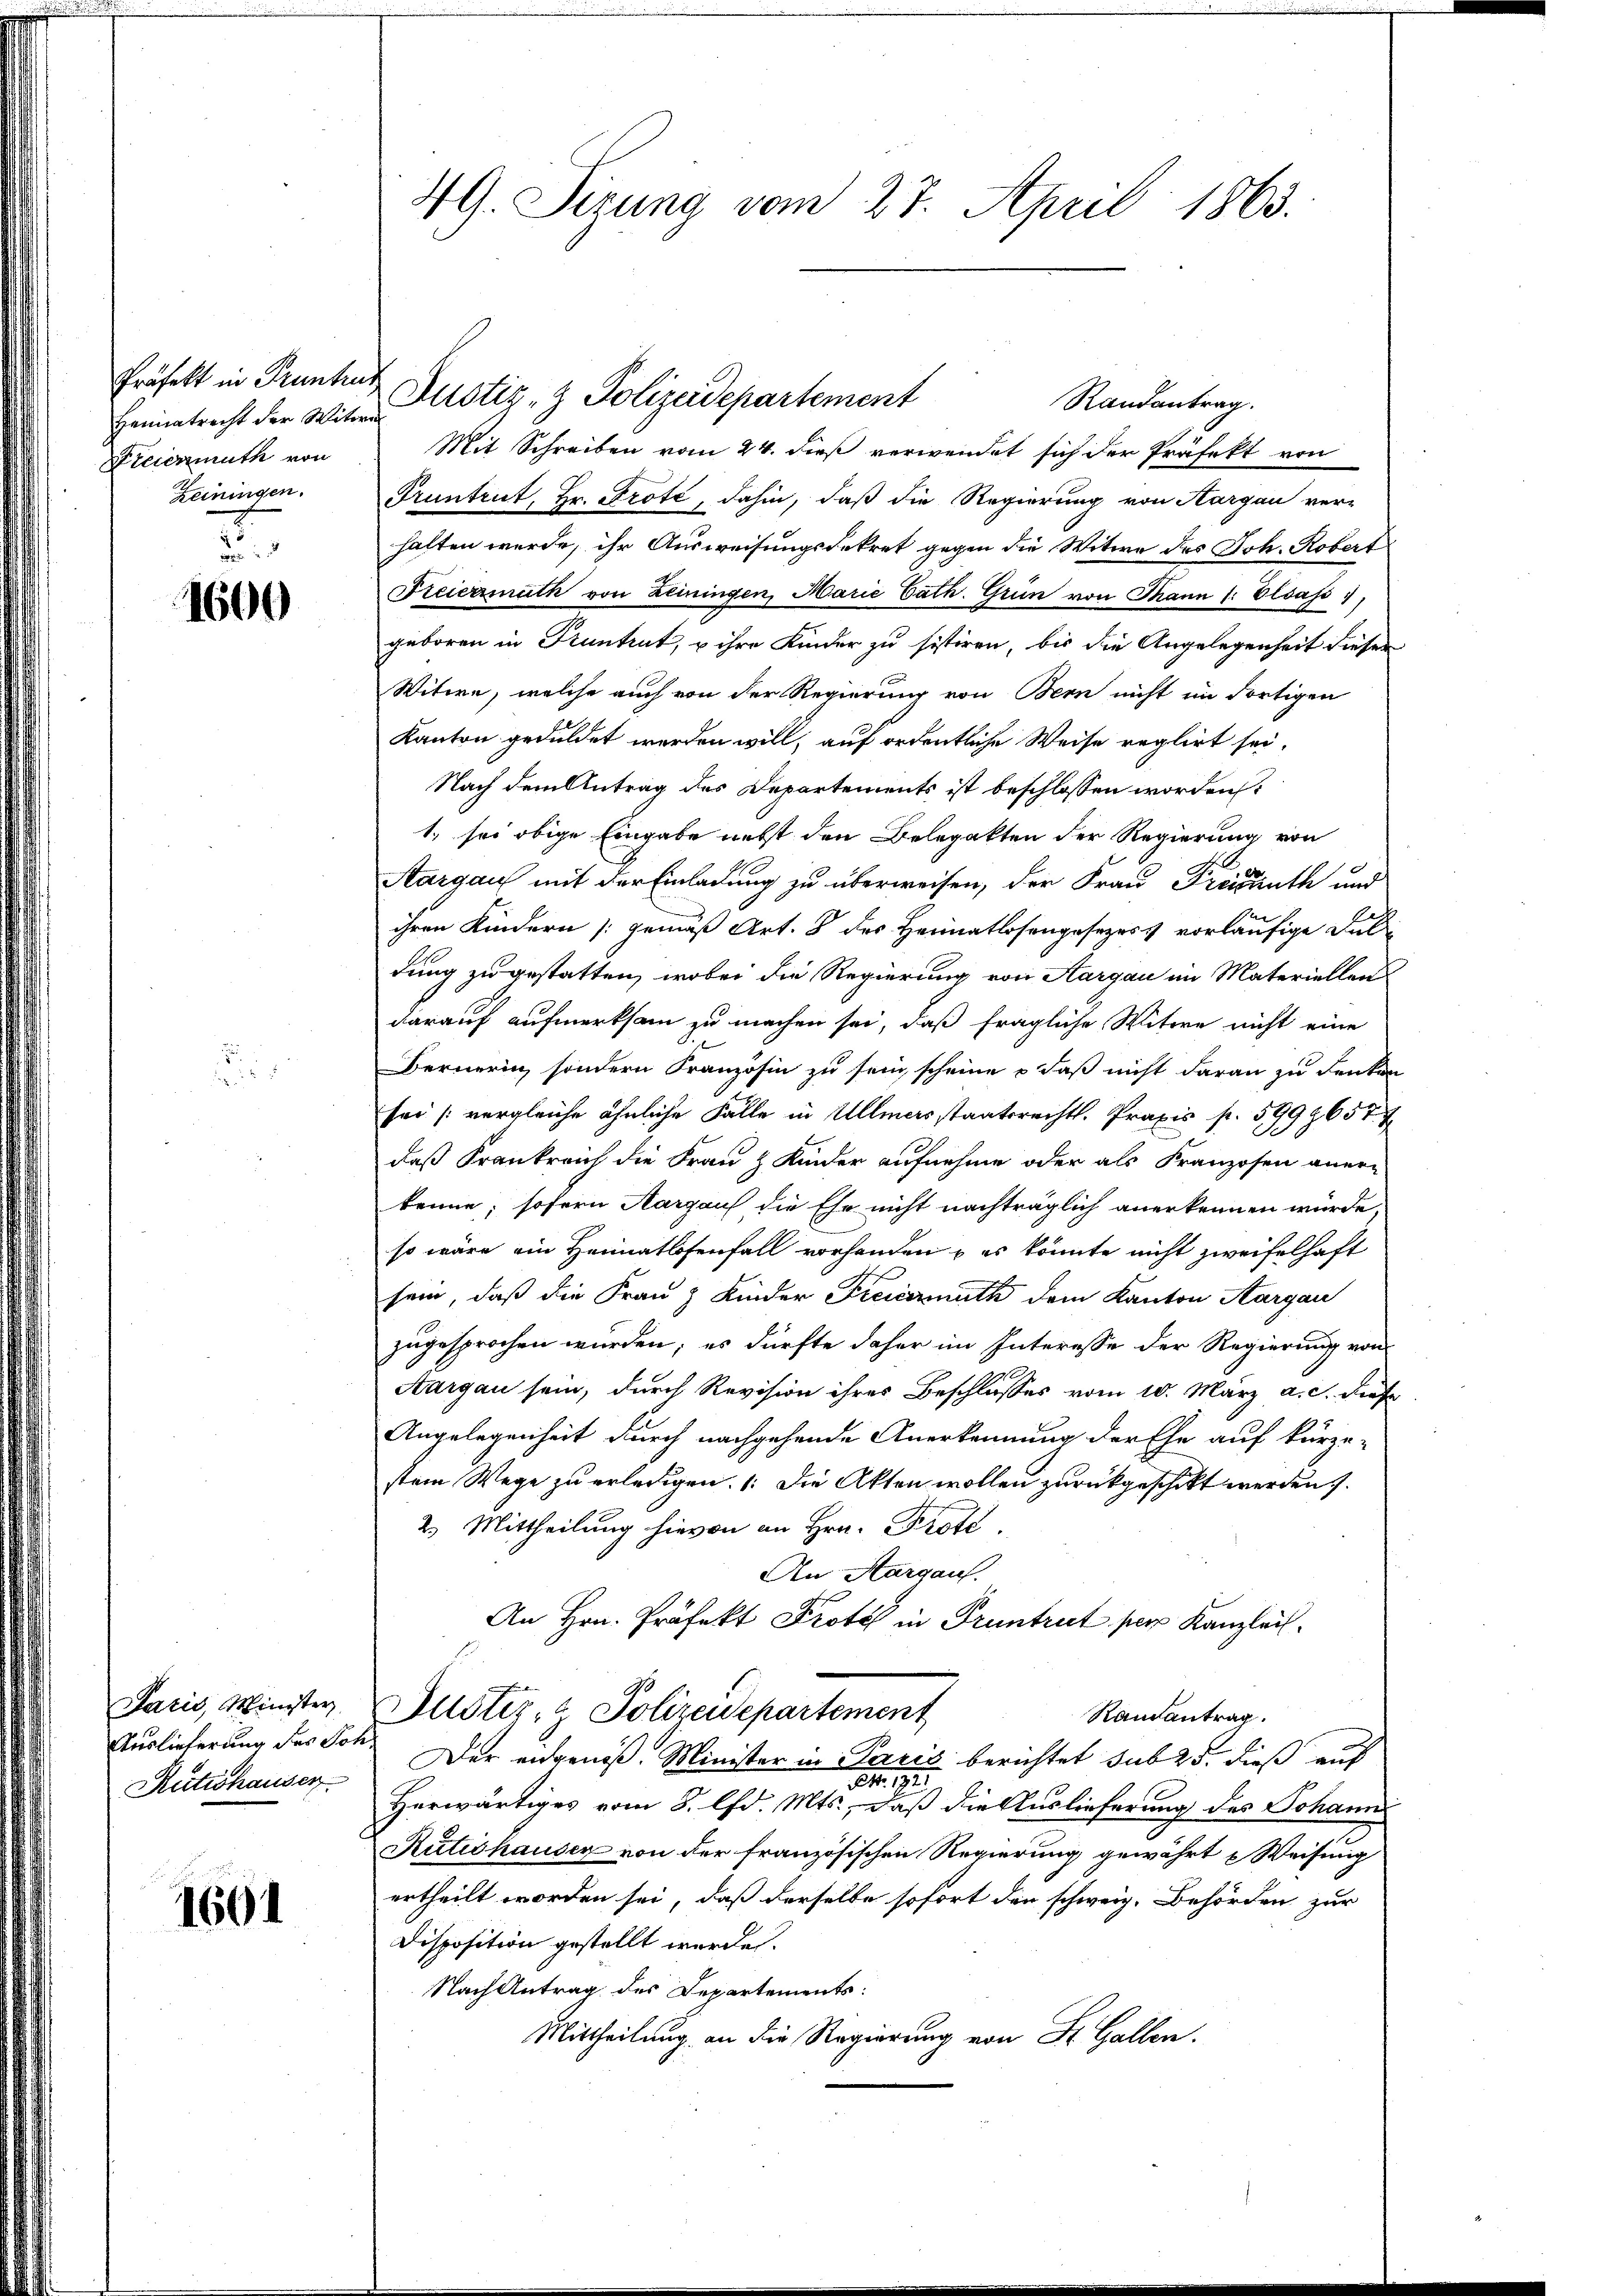
Präfekt in Pruntrus,
Heimatrecht der Witwe
Freiermuth von

5
1600

Paris, Minister
Auslieferung des Soh¬

1604

Mit Schreiben vom 24. dieß verwendet sich der Präfekt von
Zeiningen. Pruntrut, Hr. Prote, dahin, daß die Regierung von Aargau ver-
halten wurde, ihr Ausweisungsdekret gegen die Witwe des Joh. Robert
Freiermuth von Leiningen, Marie Cath. Grün von Mann (: Elsass,
geboren in Pruntrut, u ihre Kinder zu sistiren, bis die Angelegenheit dieser
Witwe, welche auch von der Regierung von Bern nicht im dortigen
Kanton geduldet werden will, auf ordentliche Weise reglirt sei.
Nach dem Antrag des Departements ist beschlossen worden
1. sei obige Eingabe nebst den Belegatten der Regierung von
Aargau mit der Einladung zu überweisen, der Frau Preisanth und
ihren Kindern (gemäß Art. 8 des Heimatlosengesezess vorläufige Duldung zu gestatten, wobei die Regierung von Aargau im Materiellen
darauf aufmerksam zu machen sei, daß fragliche Witwe nicht eine
Bernerin sondern Französin zu sein, scheine o daß nicht daran zu denken
sei (vergleiche ähnliche Fälle in Ullmersstaatsrechts. Praxis p. 5999657 f
daß Frankreich die Frau & Kinder aufnehme oder als Franzosen aner-
kenne, sofern Aargauf die Ehe nicht nachträglich anerkennen würde,
so wäre ein Heimatlosenfall vorhanden & es könnte nicht zweifelhaft
sein, daß die Frau & Kinder Freiernuth dem Kanton Aargau
zugesprochen wurden; es dürfte daher im Interesse der Regierung von
Aargau sein, durch Revision ihres Beschlusses vom 10. März a. c. dies
Angelegenheit durch nachgehende Anerkennung der Ehe auf kürze-
stem Wege zu erledigen. (: Die Akten wollen zurückgeschickt werden.
2. Mittheilung hievon an Hrn. Prote.
An Aargau.
An Hrn. Präfekt Protel in Truntrut per Kanzleich¬
Justiz- & Polizeidepartement
Randantrag.
Reitishausen. Der angenoß, Minister in Paris berichtet sub 25. dieß auf
 9
Herwärtiges vom 8. lfd. Mts., daß die Auslieferung des Johann
Rutishauser von der französischen Regierung gewährt u Weisinig
ertheilt worden sei, daß derselbe sofort den schweiz. Behörden zur
Disposition gestellt wurde.
Nach Antrag des Departements:
Mittheilung an die Regierung von St. Gallen.

4G. Tizung vom 27. April 1863.

Justiz- & Polizeidepartement

Randantrag.